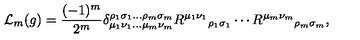
\mathcal { L } _ { m } ( g ) = \frac { ( - 1 ) ^ { m } } { 2 ^ { m } } \delta _ { \mu _ { 1 } \nu _ { 1 } \ldots \mu _ { m } \nu _ { m } } ^ { \rho _ { 1 } \sigma _ { 1 } \ldots \rho _ { m } \sigma _ { m } } { R ^ { \mu _ { 1 } \nu _ { 1 } } } _ { \rho _ { 1 } \sigma _ { 1 } } \cdots { R ^ { \mu _ { m } \nu _ { m } } } _ { \rho _ { m } \sigma _ { m } } ,